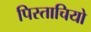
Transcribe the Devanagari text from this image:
पिस्ताचियो